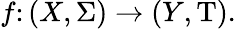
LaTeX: f\colon(X,\Sigma)\rightarrow(Y,\mathrm{T}).